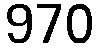
970